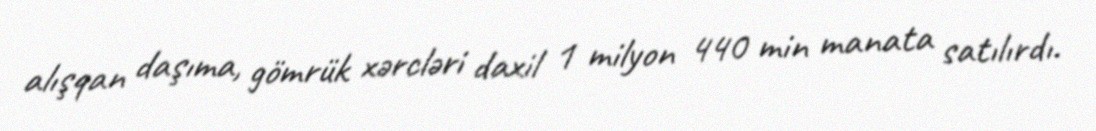
alışqan daşıma, gömrük xərcləri daxil 1 milyon 440 min manata satılırdı.